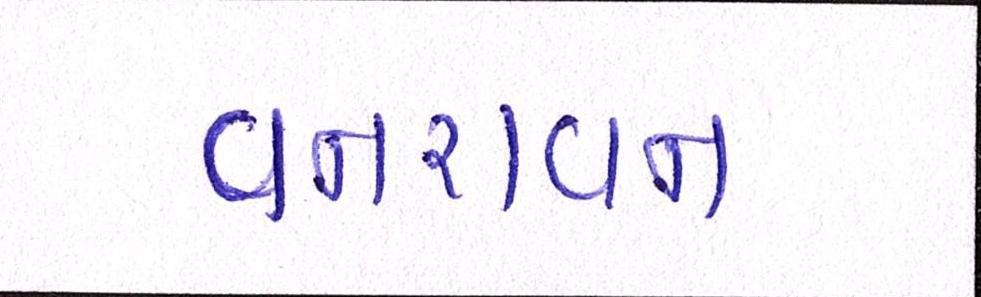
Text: વનરાવન